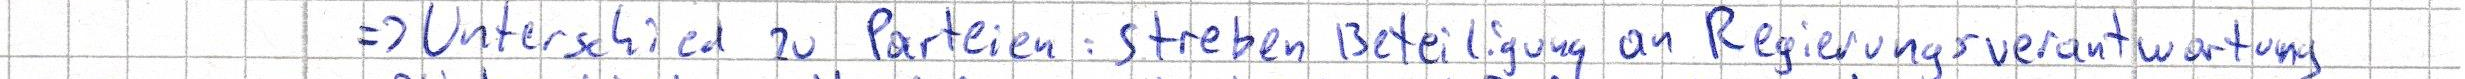
=> Unterschied zu Parteien: streben Beteiligung an Regierungsverantwortung